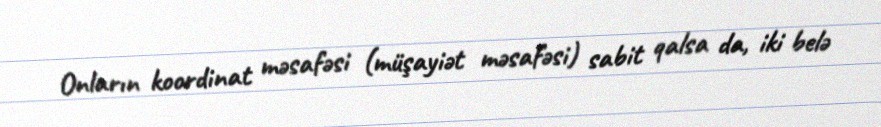
Onların koordinat məsafəsi (müşayiət məsafəsi) sabit qalsa da, iki belə